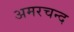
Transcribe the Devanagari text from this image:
अमरचन्द